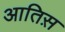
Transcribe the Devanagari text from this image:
आतिस़